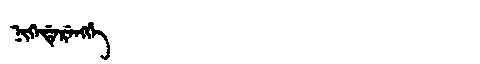
Manchu: ᠨᡳᡴᡝᡩᡝᡵᡝᠩᡤᡝ
Romanization: NIKEDERENGGE